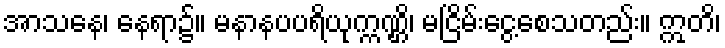
အာသနေ၊ နေရာ၌။ မနာနပပရိယုက္ကဏ္ဌိ၊ မငြိမ်းငွေ့စေသတည်း။ ဣတိ၊